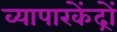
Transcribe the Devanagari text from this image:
व्यापारकेंद्रों